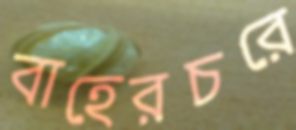
বাহেরচরে